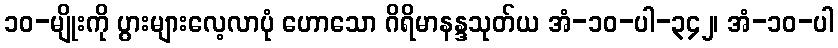
၁၀-မျိုးကို ပွားများလေ့လာပုံ ဟောသော ဂိရိမာနန္ဒသုတ်ယ အံ-၁၀-ပါ-၃၄၂၊ အံ-၁၀-ပါ